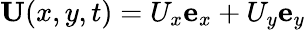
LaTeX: \textbf{U}(x,y,t)=U_{x}\textbf{e}_{x}+U_{y}\textbf{e}_{y}